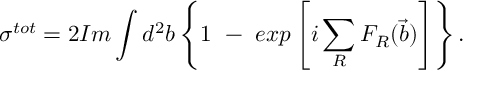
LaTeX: \sigma ^ { t o t } = 2 I m \int d ^ { 2 } b \left\{ 1 ~ - ~ e x p \left[ i \sum _ { R } F _ { R } ( \vec { b } ) \right] \right\} .